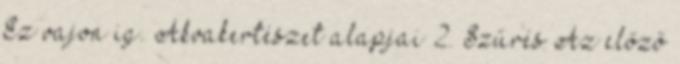
Ez vajon ig. Akvakertészet alapjai 2. Szűrés Az előző